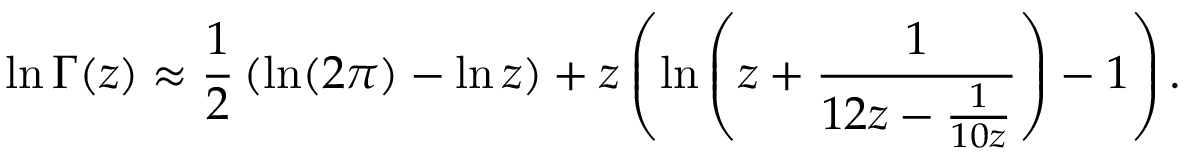
\ln \Gamma ( z ) \approx { \frac { 1 } { 2 } } \left( \ln ( 2 \pi ) - \ln z \right) + z \left( \ln \left( z + { \frac { 1 } { 1 2 z - { \frac { 1 } { 1 0 z } } } } \right) - 1 \right) .